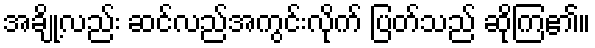
အချို့လည်း ဆင်လည်အကွင်းလိုက် ပြတ်သည် ဆိုကြ၏။